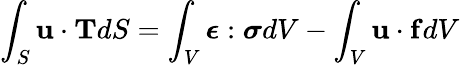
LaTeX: \int_{S}\mathbf{u\cdot T}dS=\int_{V}{\boldsymbol{\epsilon}}:{\boldsymbol{\sigma}}dV-\int_{V}\mathbf{u}\cdot\mathbf{f}dV